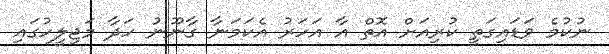
ނުކުމެ ވަޑައިގަތީ ކުރިއަށް އޮތް އާ އަހަރު އެކަމަނާ ގާނޫނު ހަދާ މަޖިލީހުގައި